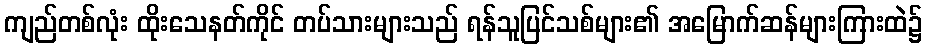
ကျည်တစ်လုံး ထိုးသေနတ်ကိုင် တပ်သားများသည် ရန်သူပြင်သစ်များ၏ အမြောက်ဆန်များကြားထဲ၌